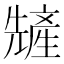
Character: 𫤢